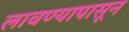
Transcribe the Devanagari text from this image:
लावण्यापासून